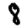
Digit: 8